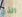
الذي